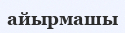
айырмашы